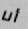
أنا